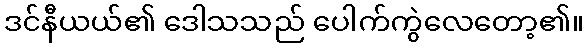
ဒင်နီယယ်၏ ဒေါသသည် ပေါက်ကွဲလေတော့၏။